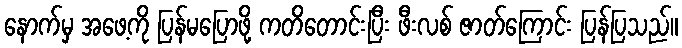
နောက်မှ အဖေ့ကို ပြန်မပြောဖို့ ကတိတောင်းပြီး ဖီးလစ် ဇာတ်ကြောင်း ပြန်ပြသည်။